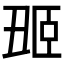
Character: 𬛢